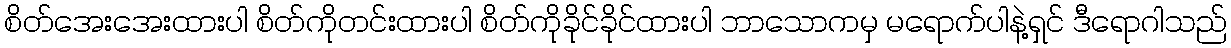
စိတ်အေးအေးထားပါ စိတ်ကိုတင်းထားပါ စိတ်ကိုခိုင်ခိုင်ထားပါ ဘာသောကမှ မရောက်ပါနဲ့ရှင် ဒီရောဂါသည်